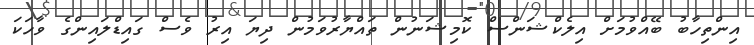
އިންތިހާބު ބޭއްވުމަށް އިލެކްޝަންސް ކޮމިޝަނުން ތައްޔާރުވަމުން ދިޔަ އިރު ވެސް ގައިޑްލައިންގެ ވާހަކަ